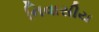
નિવાસીય